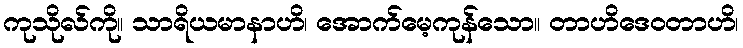
ကုသိုလ်ကို။ သာရိယမာနာဟိ၊ အောက်မေ့ကုန်သော။ တာဟိဒေဝတာဟိ၊